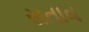
સતાવ